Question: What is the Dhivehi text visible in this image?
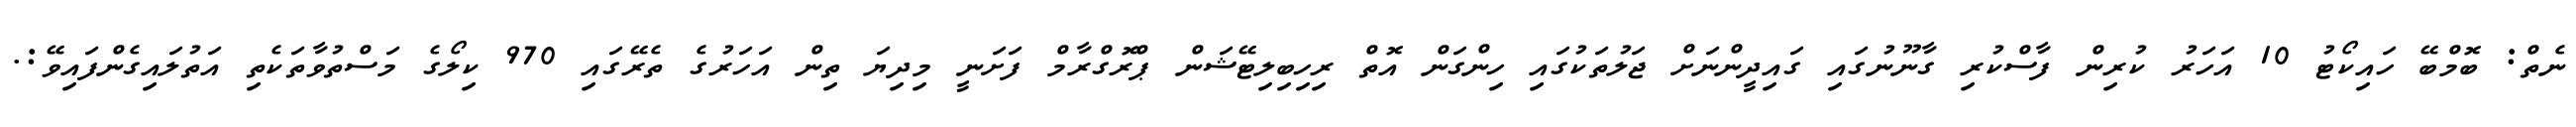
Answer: ނެތް: ބޮމްބޭ ހައިކޯޓު 10 އަހަރު ކުރިން ފާސްކުރި ގާނޫނުގައި ގައިދީންނަށް ޖަލުތަކުގައި ހިންގަން އޮތް ރިހިބިލިޓޭޝަން ޕްރޮގްރާމް ފަށަނީ މިދިޔަ ތިން އަހަރުގެ ތެރޭގައި 970 ކިލޯގެ މަސްތުވާތަކެތި އަތުލައިގެންފައިވޭ:.